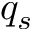
q _ { s }